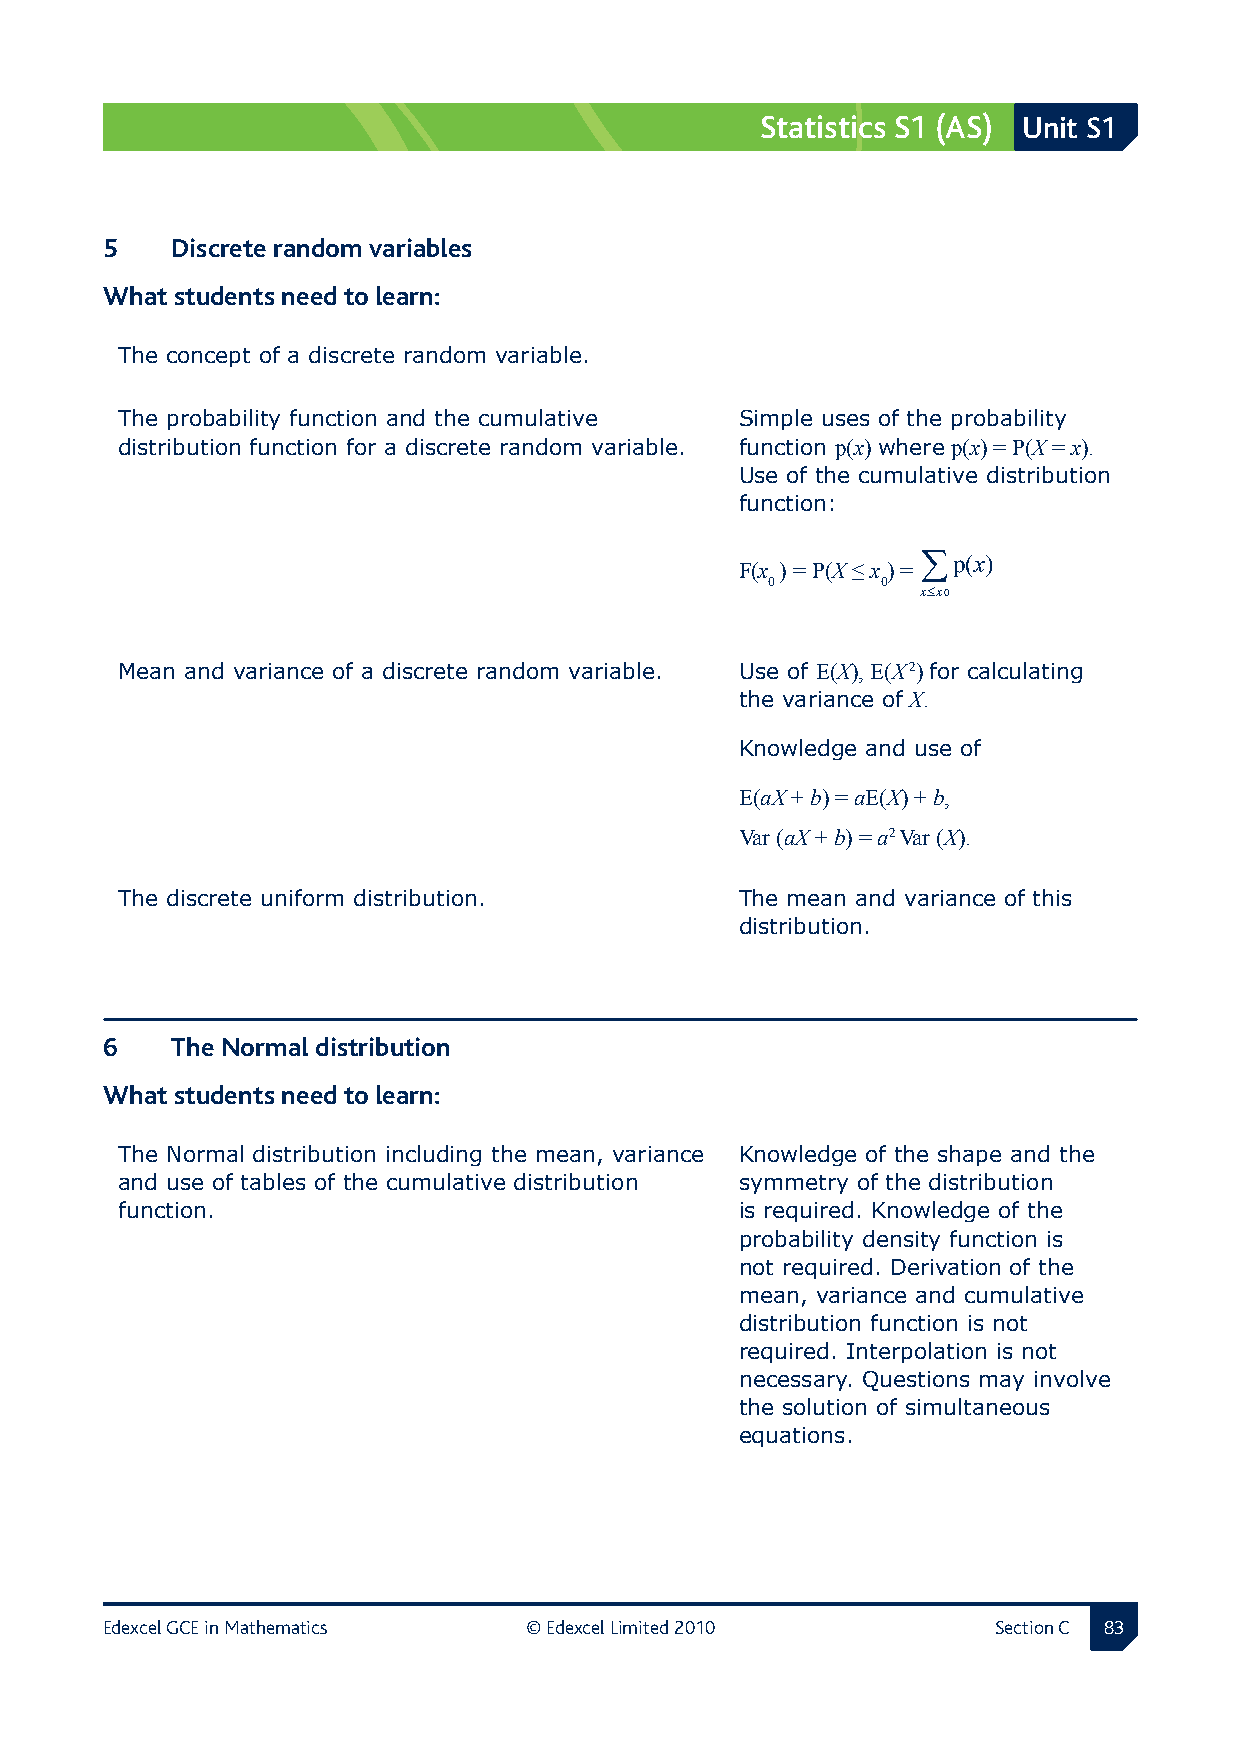
Statistics S1 (AS) Unit S1
 5  Discrete random variables
 What students need to learn:
 The concept of a discrete random variable.
 The probability function and the cumulative Simple uses of the probability
 distribution function for a discrete random variable. function p(x) where p(x) = P(X = x).
 Use of the cumulative distribution
 function:
 ∑p(x)
 F(x ) = P(X ≤ x ) =
 0      0
 x≤x0
 Mean and variance of a discrete random variable. Use of E(X), E(X 2) for calculating
 the variance of X.
 Knowledge and use of
 E(aX + b) = aE(X) + b,
 Var (aX + b) = a2 Var (X).
 The discrete uniform distribution.       The mean and variance of this
 distribution.
 6  The Normal distribution
 What students need to learn:
 The Normal distribution including the mean, variance Knowledge of the shape and the
 and use of tables of the cumulative distribution symmetry of the distribution
 function.                                is required. Knowledge of the
 probability density function is
 not required. Derivation of the
 mean, variance and cumulative
 distribution function is not
 required. Interpolation is not
 necessary. Questions may involve
 the solution of simultaneous
 equations.
 Edexcel GCE in Mathematics  © Edexcel Limited 2010         Section C 